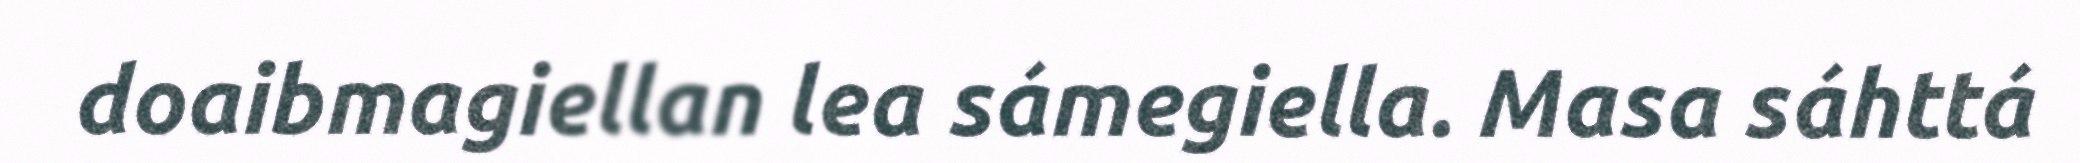
doaibmagiellan lea sámegiella. Masa sáhttá